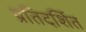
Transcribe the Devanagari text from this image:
प्रतिदर्शित